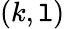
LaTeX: (k,\mathtt{l})